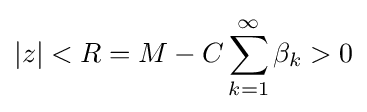
|z|<R=M-C\sum _{k=1}^{\infty }\beta _{k}>0